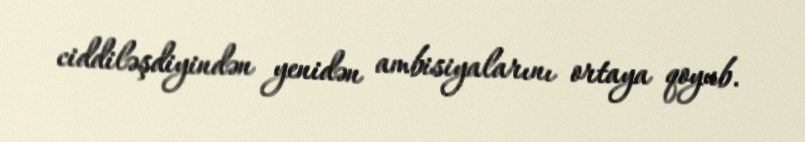
ciddiləşdiyindən yenidən ambisiyalarını ortaya qoyub.